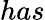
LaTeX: has